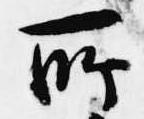
所